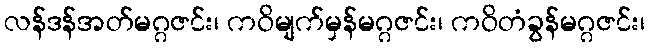
လန်ဒန်အတ်မဂ္ဂဇင်း၊ ကဝိမျက်မှန်မဂ္ဂဇင်း၊ ကဝိတံခွန်မဂ္ဂဇင်း၊